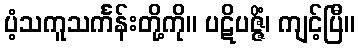
ပံ့သကူသင်္ကန်းတို့ကို။ ပဋိပဇ္ဇိံ၊ ကျင့်ပြီ။